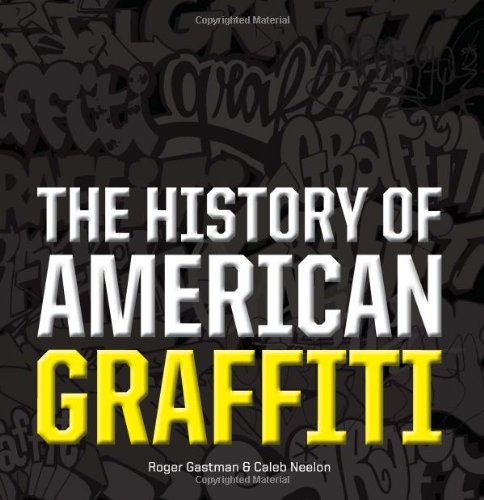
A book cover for The History of American Graffiti; Roger Gastman; Arts & Photography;